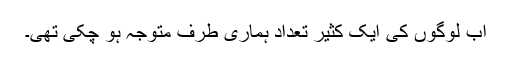
اب لوگوں کی ایک کثیر تعداد ہماری طرف متوجہ ہو چکی تھی۔